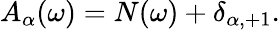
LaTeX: A_{\alpha}(\omega)=N(\omega)+\delta_{\alpha,+1}.